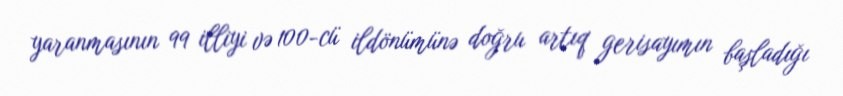
yaranmasının 99 illiyi və 100-cü ildönümünə doğru artıq gerisayımın başladığı